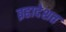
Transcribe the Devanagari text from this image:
ब्रहादेशत